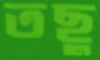
তছু